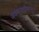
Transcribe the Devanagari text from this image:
अर्धमागधीपासून